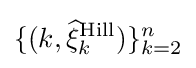
\{(k,{\widehat {\xi }}_{k}^{\text{Hill}})\}_{k=2}^{n}